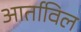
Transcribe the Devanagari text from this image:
आर्ताविल